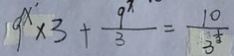
9 ^ { x } \times 3 + \frac { 9 ^ { x } } { 3 } = \frac { 1 0 } { 3 ^ { \frac { 1 } { 3 } } }